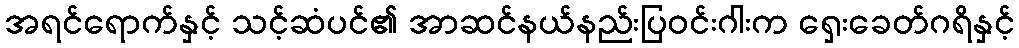
အရင်ရောက်နှင့် သင့်ဆံပင်၏ အာဆင်နယ်နည်းပြဝင်းဂါးက ရှေးခေတ်ဂရိနှင့်